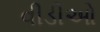
વીડીઓ